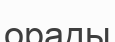
орады